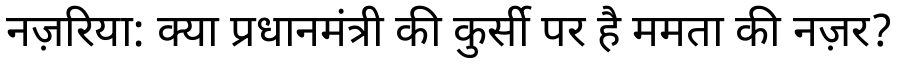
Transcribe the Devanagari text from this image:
नज़रिया: क्या प्रधानमंत्री की कुर्सी पर है ममता की नज़र?